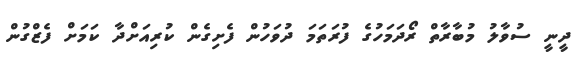
ދީނީ ސުވާލު މުބާރާތް ރޯދަމަހުގެ ފުރަތަމަ ދުވަހުން ފެށިގެން ކުރިއަށްދާ ކަމަށް ފެޒްގުން